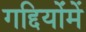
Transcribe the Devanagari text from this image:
गद्दियोंमें